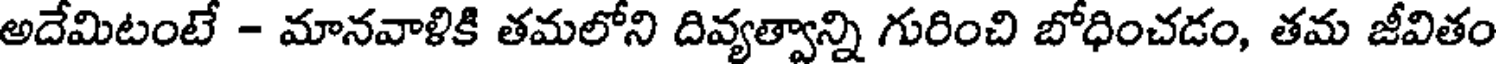
అదేమిటంటే - మానవాళికి తమలోని దివ్యత్వాన్ని గురించి బోధించడం, తమ జీవితం